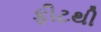
ફીટથી